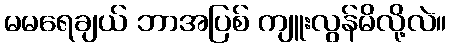
မမရေချယ် ဘာအပြစ် ကျူးလွန်မိလို့လဲ။